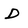
Character: D